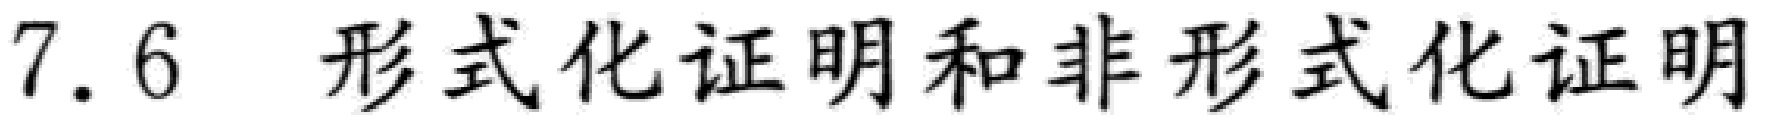
7.6 形式化证明和非形式化证明